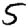
Digit: 5